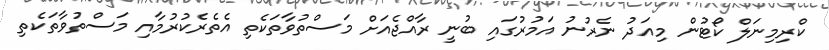
ކްރިމިނަލް ކޯޓުން މިއަދު ނެރުނު އަމުރުގައި ބުނީ ރާއްޖެއަށް މަސްތުވާތަކެތި އެތެރެކުރުމާއި މަސްތުވާތަކެތި